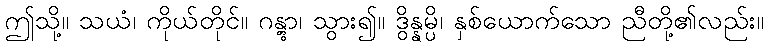
ဤသို့။ သယံ၊ ကိုယ်တိုင်။ ဂန္တွာ၊ သွား၍။ ဒွိန္နမ္ပိ၊ နှစ်ယောက်သော ညီတို့၏လည်း။